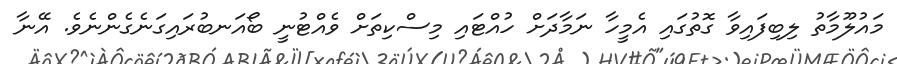
މައުލޫމާތު ލިބިފައިވާ ގޮތުގައި އެމީހާ ނަމާދަށް ހުއްޓައި މިސްކިތަށް ވެއްޓުނީ ބޯއަނބުރައިގަނެގެންނެވެ. އޭނާ